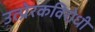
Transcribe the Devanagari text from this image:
उत्प्रेरकविरोधी